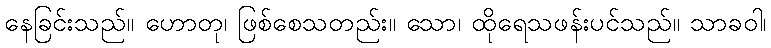
နေခြင်းသည်။ ဟောတု၊ ဖြစ်စေသတည်း။ သော၊ ထိုရေသဖန်းပင်သည်။ သာခဝါ၊